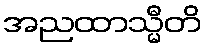
အညထာသ္မီတိ